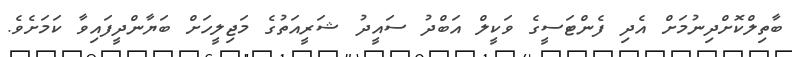
ބާތިލްކޮށްދިނުމަށް އެދި ފެންޓަސީގެ ވަކީލް އަބްދު ސައީދު ޝަރީއަތުގެ މަޖިލީހަށް ބަޔާންދީފައިވާ ކަމަށެވެ.